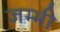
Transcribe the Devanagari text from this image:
जम्भी